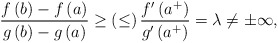
\begin{align*}\frac{f\left( b\right) -f\left( a\right) }{g\left( b\right) -g\left(a\right) }\geq \left( \leq \right) \frac{f^{\prime }\left( a^{+}\right) }{g^{\prime }\left( a^{+}\right) }=\lambda \neq \pm \infty , \end{align*}